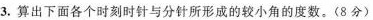
3.算出下面各个时刻时针与分针所形成的较小角的度数。(8分)